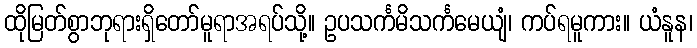
ထိုမြတ်စွာဘုရားရှိတော်မူရာအရပ်သို့။ ဥပသင်္ကမိသင်္ကမေယျံ၊ ကပ်ရမူကား။ ယံနူန၊